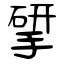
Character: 揅